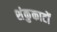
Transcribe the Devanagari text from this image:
शंकुकाटों